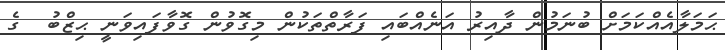
ޙަމަލާއެއްކަމަށް ބުނަމުން ދާއިރު އަނެއްބައި ފަރާތްތަކުން މިގޮވުން ގޮވާފައިވަނީ ޙިޒްބު  ގެ